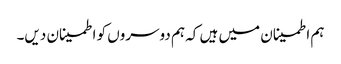
ہم اطمینان میں ہیں کہ ہم دوسروں کو اطمینان دیں۔